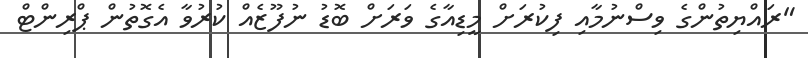
"ރައްޔިތުންގެ ވިސްނުމާއި ފިކުރަށް މީޑިއާގެ ވަރަށް ބޮޑު ނުފޫޒެއް ކުރުވާ އެގޮތުން ޕްރިންޓް